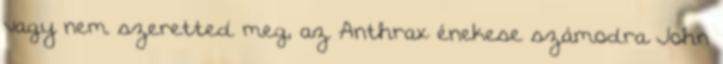
vagy nem szeretted meg, az Anthrax énekese számodra John